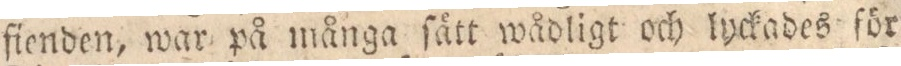
fienden, war på många ſätt wådligt och lyckades för